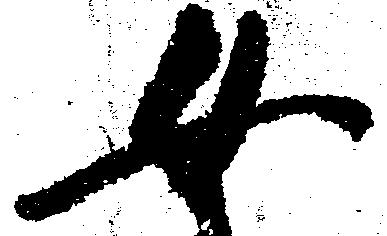
女